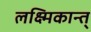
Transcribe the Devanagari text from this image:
लक्ष्मिकान्त्